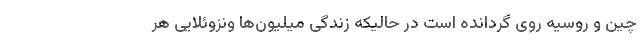
چین و روسیه روی گردانده است در حالیکه زندگی میلیون‌ها ونزوئلایی هر